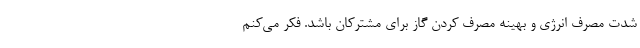
شدت مصرف انرژی و بهینه مصرف کردن گاز برای مشترکان باشد. فکر می‌کنم